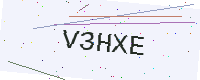
Text: V3HXE